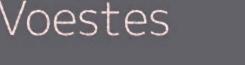
Voestes